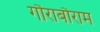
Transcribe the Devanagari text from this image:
गौराबौराम